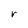
Character: r